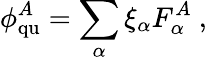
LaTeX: \phi_{\mathrm{qu}}^{A}=\sum_{\alpha}\xi_{\alpha}F_{\alpha}^{A}\ ,